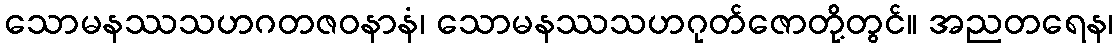
သောမနဿသဟဂတဇဝနာနံ၊ သောမနဿသဟဂုတ်ဇောတို့တွင်။ အညတရေန၊